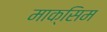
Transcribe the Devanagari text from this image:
माक्सिम